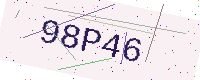
Text: 98P46